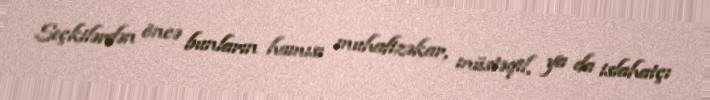
Seçkilərdən öncə bunların hamısı muhafizəkar, müstəqil, ya da islahatçı